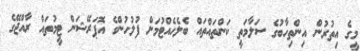
މީގެ އިތުރުން އިންތިހާބުގެ ސަލާމަތީ ކަންތައްތައް ބެލެހެއްޓުމަށް ފުލުހުންގެ އޮޕަރޭޝަން ޓީމުތައް ރާއްޖޭގެ